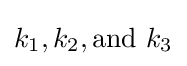
k_{1},k_{2},{\mbox{and }}k_{3}